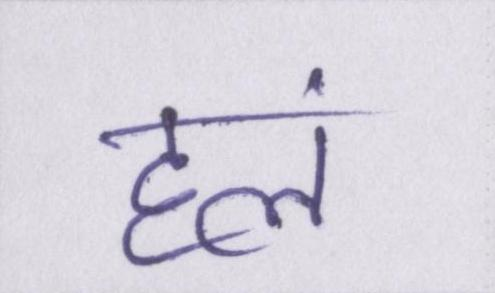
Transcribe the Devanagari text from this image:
हलं